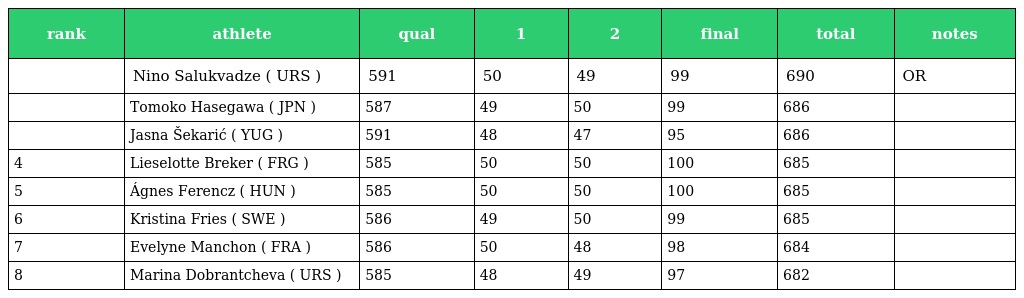
| rank | athlete | qual | 1 | 2 | final | total | notes |
 | --- | --- | --- | --- | --- | --- | --- | --- |
 |  | Nino Salukvadze ( URS ) | 591 | 50 | 49 | 99 | 690 | OR |
 |  | Tomoko Hasegawa ( JPN ) | 587 | 49 | 50 | 99 | 686 |  |
 |  | Jasna Šekarić ( YUG ) | 591 | 48 | 47 | 95 | 686 |  |
 | 4 | Lieselotte Breker ( FRG ) | 585 | 50 | 50 | 100 | 685 |  |
 | 5 | Ágnes Ferencz ( HUN ) | 585 | 50 | 50 | 100 | 685 |  |
 | 6 | Kristina Fries ( SWE ) | 586 | 49 | 50 | 99 | 685 |  |
 | 7 | Evelyne Manchon ( FRA ) | 586 | 50 | 48 | 98 | 684 |  |
 | 8 | Marina Dobrantcheva ( URS ) | 585 | 48 | 49 | 97 | 682 |  |